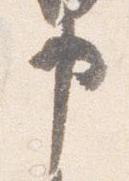
申